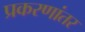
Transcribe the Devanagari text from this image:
प्रकरणांतर